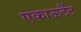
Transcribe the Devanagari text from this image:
एकाऊटैंट